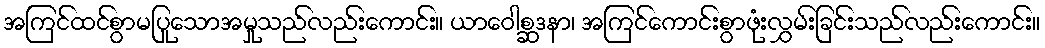
အကြင်ထင်စွာမပြုသောအမှုသည်လည်းကောင်း။ ယာဝေါစ္ဆဒနာ၊ အကြင်ကောင်းစွာဖုံးလွှမ်းခြင်းသည်လည်းကောင်း။